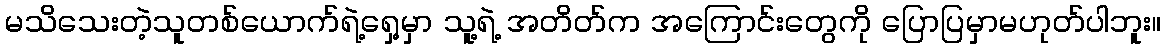
မသိသေးတဲ့သူတစ်ယောက်ရဲ့ရှေ့မှာ သူ့ရဲ့ အတိတ်က အကြောင်းတွေကို ပြောပြမှာမဟုတ်ပါဘူး။